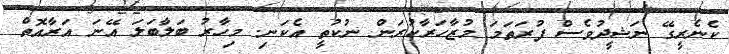
ކެނެރީގޭ ނަޝީދުވެސް ފުރަތަމަ މުޒާހަރާކުރަން ނުކުތީ އެކަނި. މިހާރު ބަލާބަލަ އޭނަ އަރާއޮތް